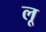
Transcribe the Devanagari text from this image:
लृ्